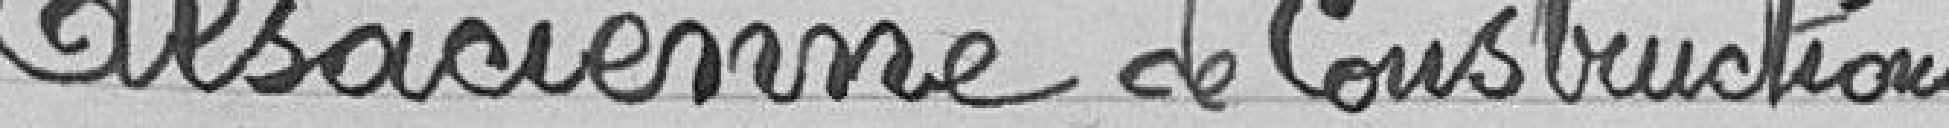
Alsacienne de Constructions